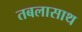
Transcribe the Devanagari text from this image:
तबलासाथ